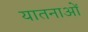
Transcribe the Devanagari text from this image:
यातनाआें